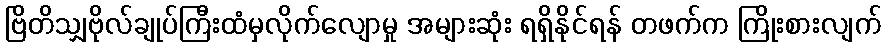
ဗြိတိသျှဗိုလ်ချုပ်ကြီးထံမှလိုက်လျောမှု အများဆုံး ရရှိနိုင်ရန် တဖက်က ကြိုးစားလျက်